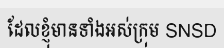
ដែលខ្ញុំមានទាំងអស់ក្រុម SNSD